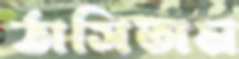
ঠাসিতাম